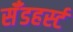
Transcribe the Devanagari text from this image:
सॅँडहर्स्ट